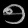
Digit: ၅